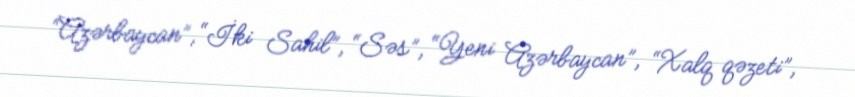
“Azərbaycan”, “İki Sahil”, “Səs”, “Yeni Azərbaycan”, “Xalq qəzeti”,